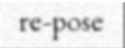
re-pose